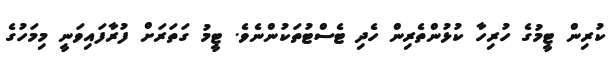
ކުރިން ޓީމުގެ ހުރިހާ ކުޅުންތެރިން ހެދި ޓެސްޓުތަކުންނެވެ. ޓީމު ގަތަރަށް ފުރާފައިވަނީ މިމަހުގެ